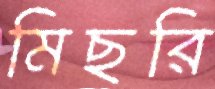
মিছরি